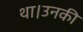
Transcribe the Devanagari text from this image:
था।उनकी